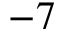
- 7